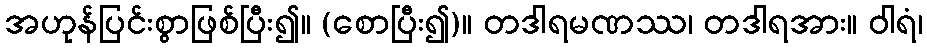
အဟုန်ပြင်းစွာဖြစ်ပြီး၍။ (စောပြီး၍)။ တဒါရမဏဿ၊ တဒါရအား။ ဝါရံ၊